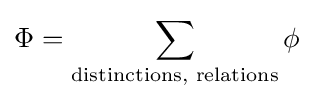
\Phi =\sum _{\text{distinctions, relations}}\phi